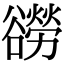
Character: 𧯍